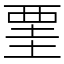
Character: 䙵